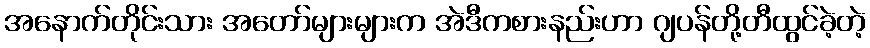
အနောက်တိုင်းသား အတော်များများက အဲဒီကစားနည်းဟာ ဂျပန်တို့တီထွင်ခဲ့တဲ့